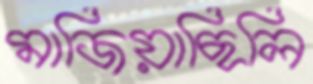
মাজিয়াছিলি